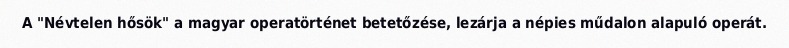
A "Névtelen hősök" a magyar operatörténet betetőzése, lezárja a népies műdalon alapuló operát.